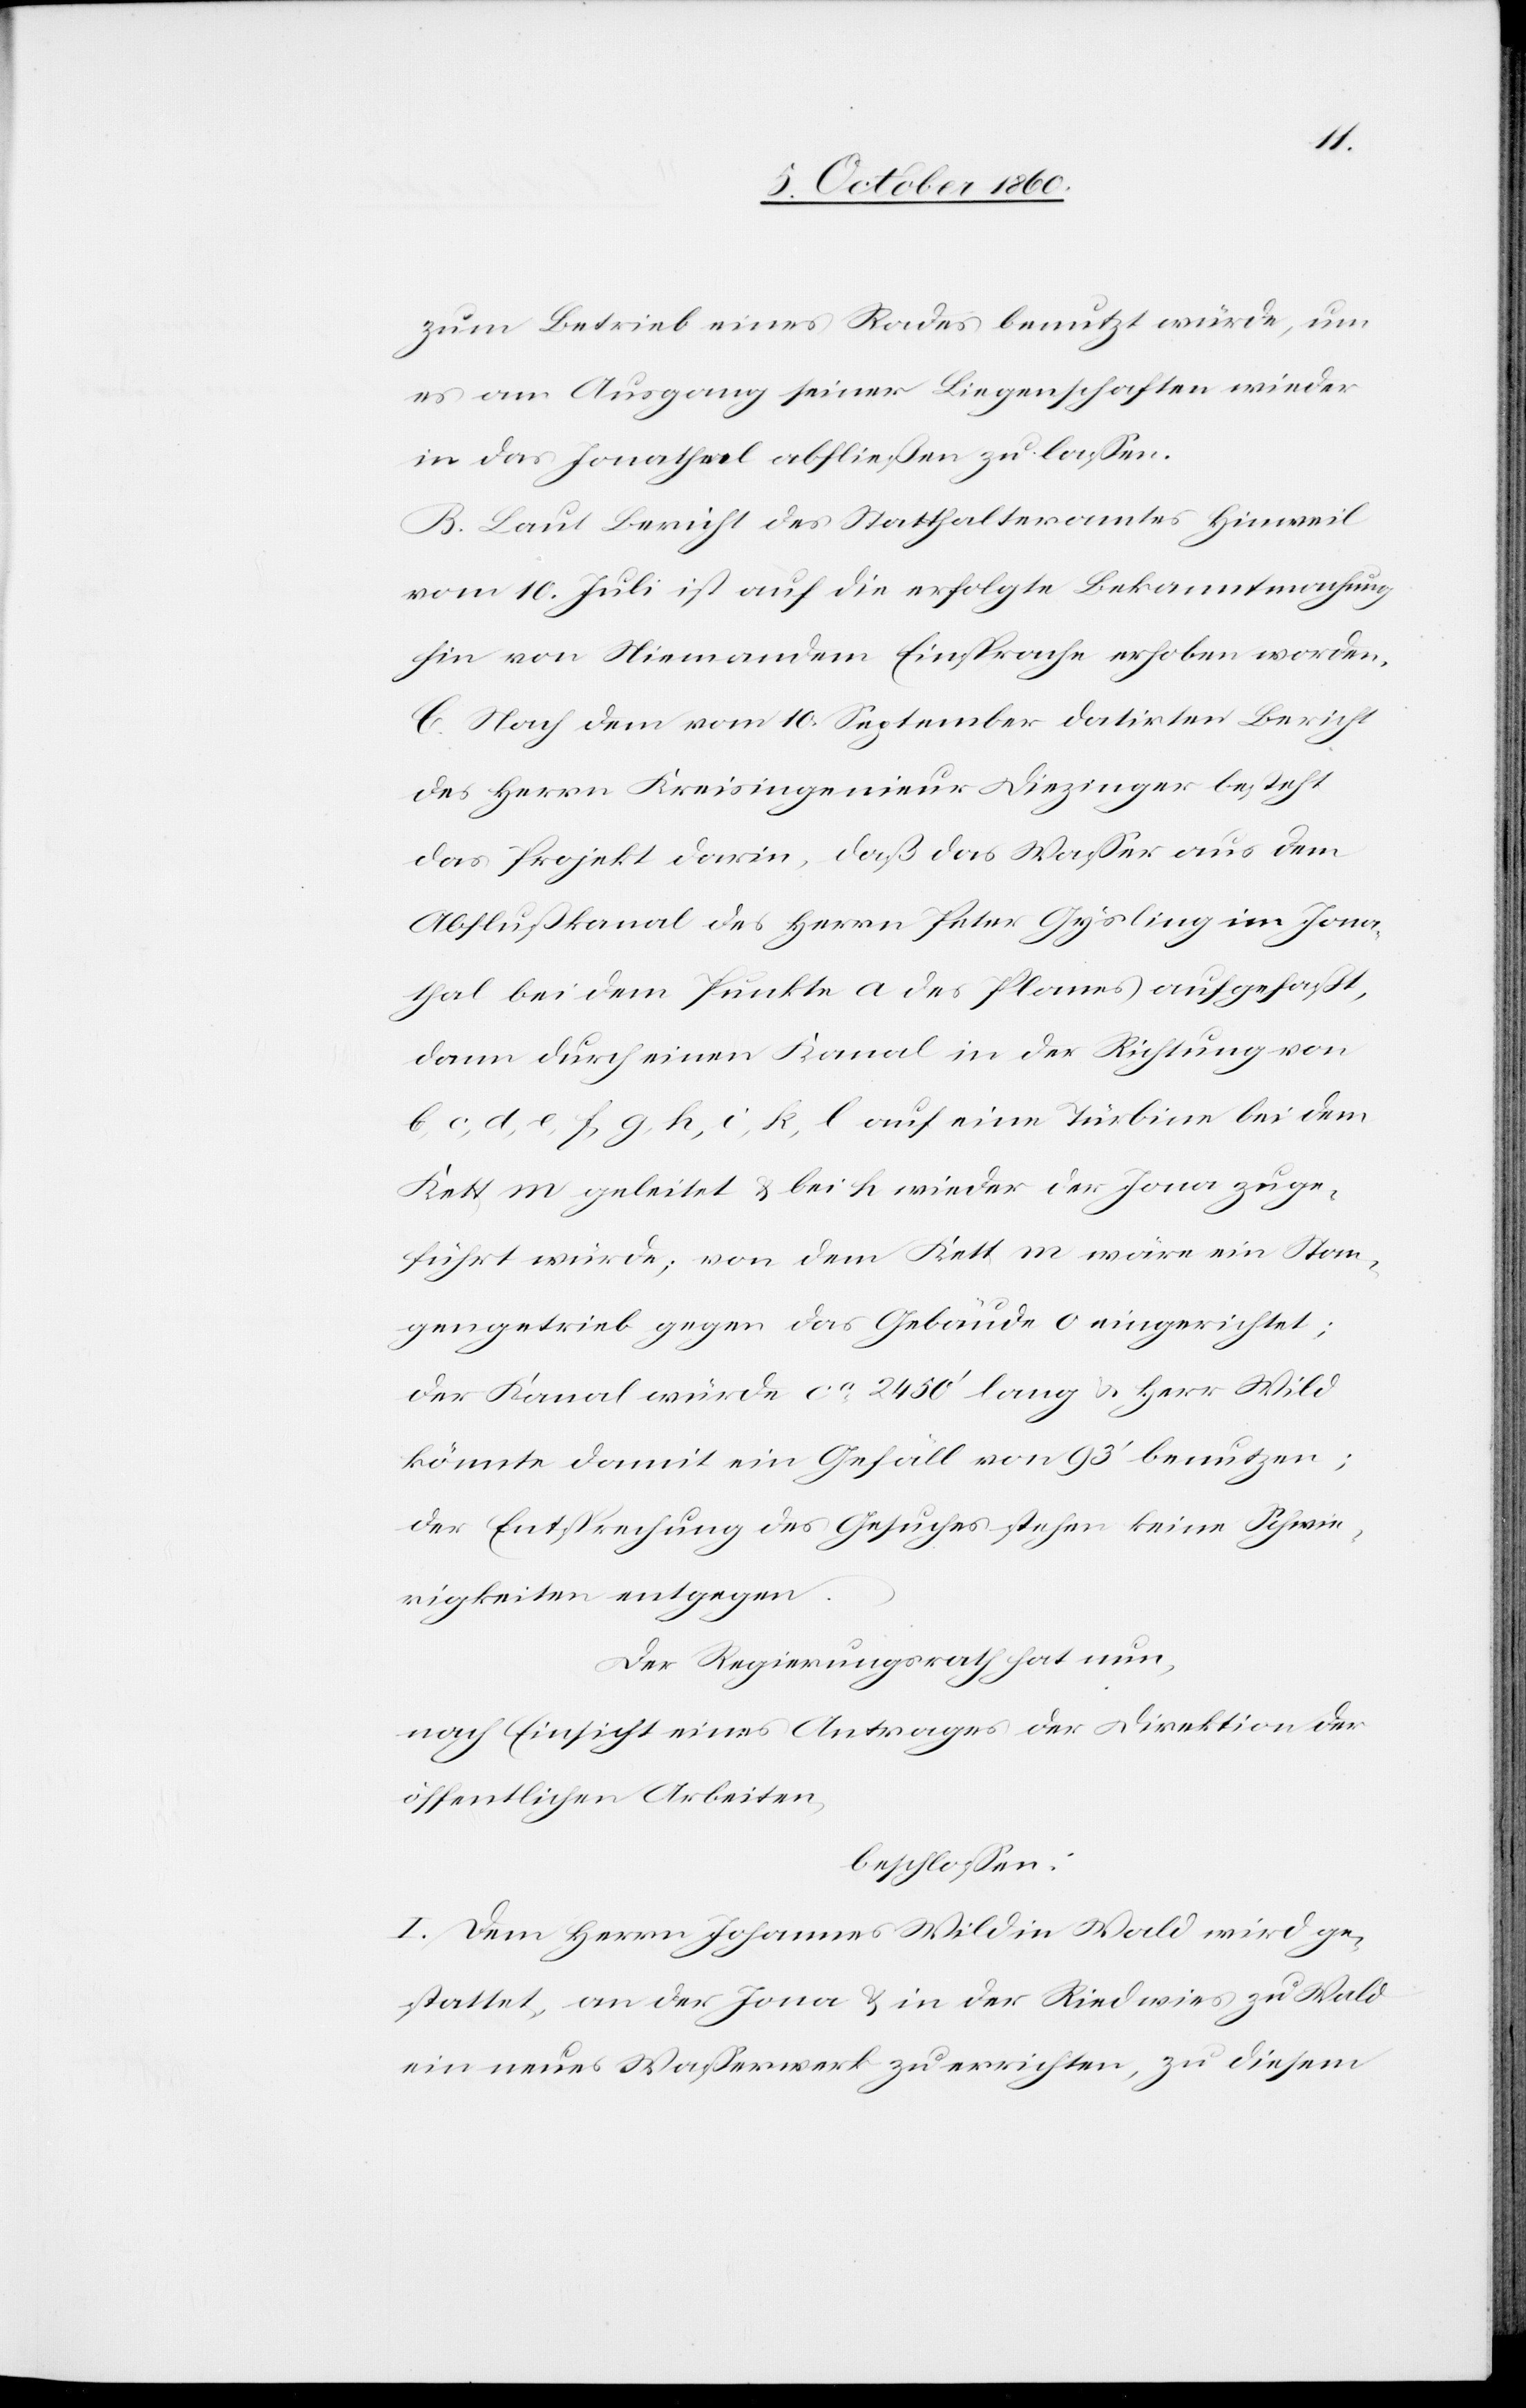
zum Betrieb eines Rades benutzt würde, um
es am Ausgang seiner Liegenschaften wieder
in das Jonathal abfließen zu lassen.
B. Laut Bericht des Statthalteramtes Hinweil
vom 10. Juli ist auf die erfolgte Bekanntmachung
hin von Niemandem Einsprache erhoben worden.
C. Nach dem vom 10. September datirten Bericht
des Herrn Kreisingenieur Diezinger besteht
das Projekt darin, daß das Wasser aus dem
Abflußkanal des Herrn Peter Gysling im Jona¬
thal bei dem Punkte a des Planes aufgefaßt,
dann durch einen Kanal in der Richtung von
b, c, d, e, f, g, h, i, k, l auf eine Turbine bei dem
Kett m geleitet u. bei h wieder der Jona zuge¬
führt würde; von dem Kett m wäre ein Stan¬
gengetrieb gegen das Gebäude o eingerichtet;
Der Kanal würde ca 2450’ lang u. Herr Wild
könnte damit ein Gefäll von 93’ benutzen;
der Entsprechung des Gesuches stehen keine Schwie¬
rigkeiten entgegen.
Der Regierungsrath hat nun,
nach Einsicht eines Antrages der Direktion der
öffentlichen Arbeiten,
beschlossen:
I. Dem Herrn Johannes Wild in Wald wird ge¬
stattet, an der Jona u. in der Riedwies zu Wald
ein neues Wasserwerk zu errichten, zu diesem